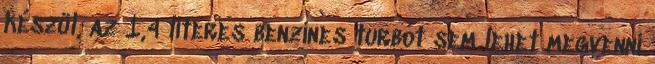
készül, az 1,4 literes benzines turbót sem lehet megvenni